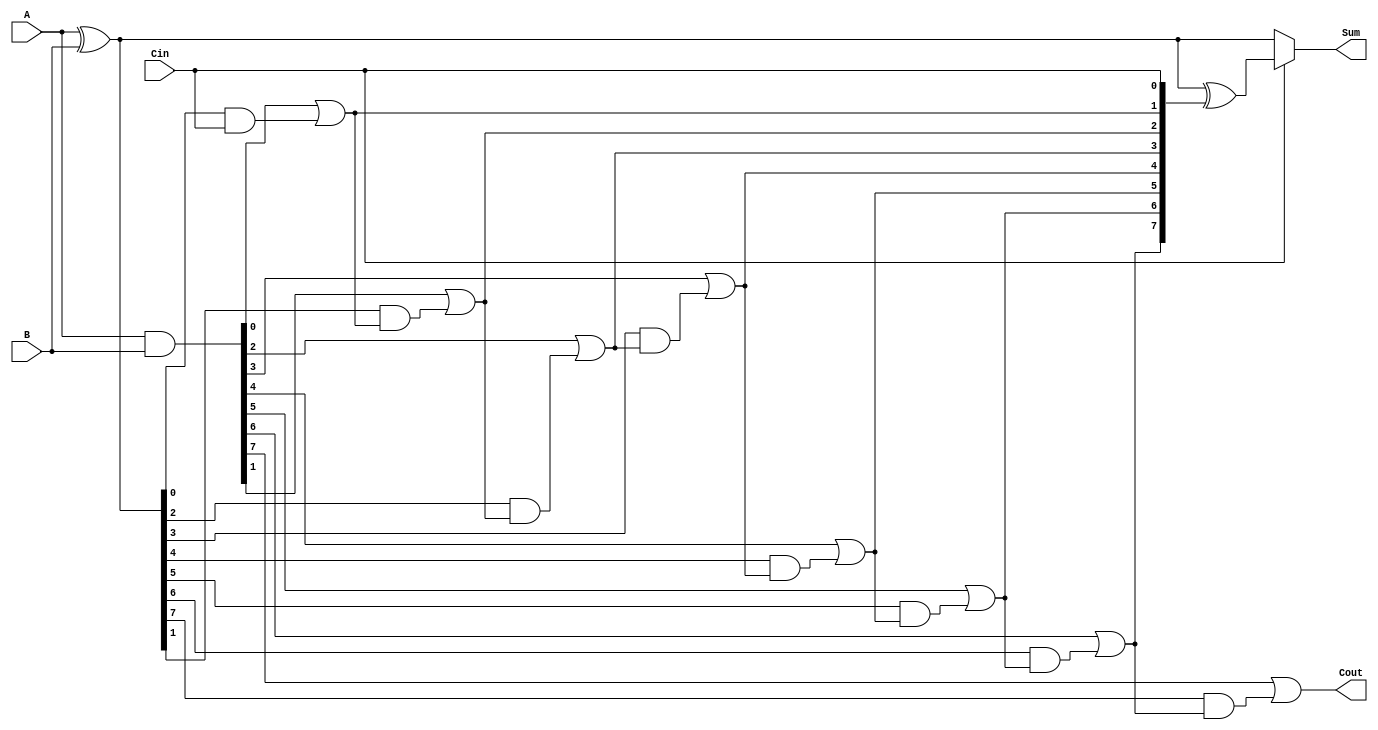
module CSPA #(parameter N = 8) (
    input  [N-1:0] A,       // First operand
    input  [N-1:0] B,       // Second operand
    input         Cin,       // Carry-in
    output [N-1:0] Sum,      // Sum output
    output        Cout       // Carry-out
);

    // Generate and Propagate signals
    wire [N-1:0] G; // Generate
    wire [N-1:0] P; // Propagate

    assign G = A & B; // Generate signal
    assign P = A ^ B; // Propagate signal

    // Carry signals
    wire [N:0] C; // Carry signals

    // Initialize carry
    assign C[0] = Cin;

    // Carry generation using prefix tree
    genvar i;
    generate
        for (i = 0; i < N; i = i + 1) begin: carry_gen
            if (i == 0) begin
                assign C[i + 1] = G[i] | (P[i] & C[i]);
            end else begin
                assign C[i + 1] = G[i] | (P[i] & C[i]);
            end
        end
    endgenerate

    // Sum calculation
    wire [N-1:0] Sum0, Sum1; // Sum outputs for Cin = 0 and Cin = 1

    assign Sum0 = A ^ B; // Sum when Cin = 0
    assign Sum1 = Sum0 ^ {C[N-1:0]}; // Sum when Cin = 1

    // Select the appropriate sum based on the carry-in
    assign Sum = (Cin) ? Sum1 : Sum0;

    // Final carry-out
    assign Cout = C[N];

endmodule